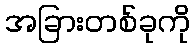
အခြားတစ်ခုကို